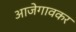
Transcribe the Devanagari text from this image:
आजेगावकर